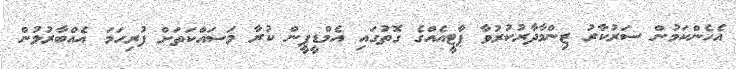
އެހެންކަމުން ސަރުކާރު ޒިންމާދާރުކުރުވާ ޕާޓީއެއްގެ ގޮތުގައި އެމްޑީޕީން ކުރާ މަސައްކަތަށް ފުރިހަމަ އެއްބާރުލުން